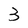
Character: 3